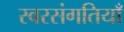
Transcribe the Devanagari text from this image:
स्वरसंगतियाँ